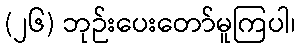
(၂၆) ဘုဉ်းပေးတော်မူကြပါ၊